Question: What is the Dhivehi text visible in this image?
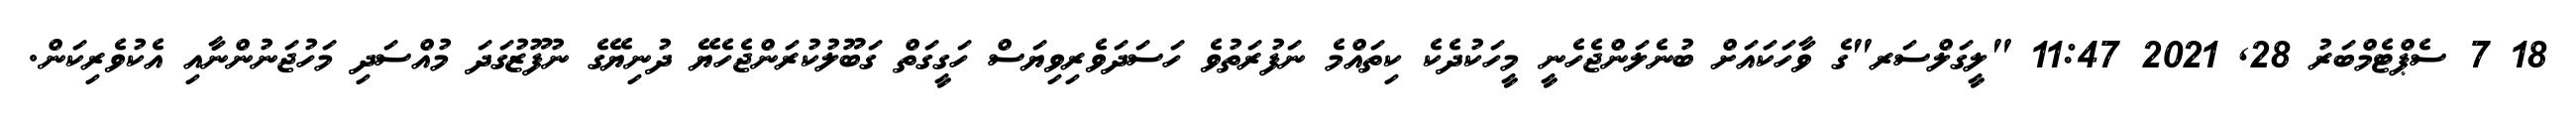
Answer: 18 7 ސެޕްޓެމްބަރު 28, 2021 11:47 "ލީގަލްސަރ"ގެ ވާހަކައަށް ބުނެލަންޖެހެނީ މީހަކުދެކެ ކިތައްމެ ނަފުރަތުވެ ހަސަދަވެރިވިޔަސް ހަގީގަތް ގަބޫލުކުރަންޖެހެޔޭ ދުނިޔޭގެ ނުފޫޒުގަދަ މުއްސަދި މަހުޖަނުންނާއި އެކުވެރިކަން.